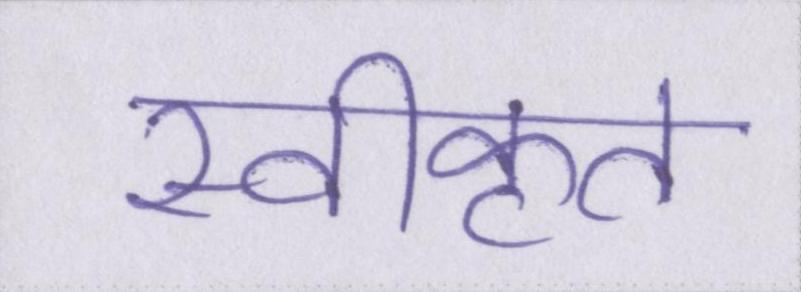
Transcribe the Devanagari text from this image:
स्वीकृत